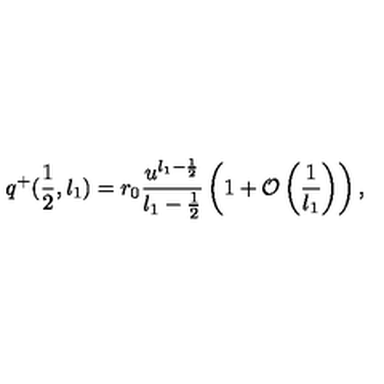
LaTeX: q ^ { + } ( \frac { 1 } { 2 } , l _ { 1 } ) = r _ { 0 } \frac { u ^ { l _ { 1 } - \frac { 1 } { 2 } } } { l _ { 1 } - \frac { 1 } { 2 } } \left( 1 + { \cal O } \left( \frac { 1 } { l _ { 1 } } \right) \right) ,